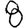
Digit: 8